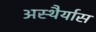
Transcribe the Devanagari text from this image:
अस्थैर्यास